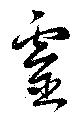
霊